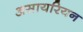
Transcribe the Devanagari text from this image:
असायरियन